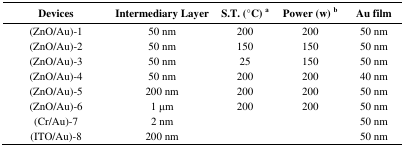
<table><thead><tr><td><b>Devices</b></td><td><b>Intermediary Layer</b></td><td><b>S.T. (°C)<sup>a</sup></b></td><td><b>Power (w)<sup>b</sup></b></td><td><b>Au film</b></td></tr></thead><tbody><tr><td>(ZnO/Au)-1</td><td>50 nm</td><td>200</td><td>200</td><td>50 nm</td></tr><tr><td>(ZnO/Au)-2</td><td>50 nm</td><td>150</td><td>150</td><td>50 nm</td></tr><tr><td>(ZnO/Au)-3</td><td>50 nm</td><td>25</td><td>150</td><td>50 nm</td></tr><tr><td>(ZnO/Au)-4</td><td>50 nm</td><td>200</td><td>200</td><td>40 nm</td></tr><tr><td>(ZnO/Au)-5</td><td>200 nm</td><td>200</td><td>200</td><td>50 nm</td></tr><tr><td>(ZnO/Au)-6</td><td>1 μm</td><td>200</td><td>200</td><td>50 nm</td></tr><tr><td>(Cr/Au)-7</td><td>2 nm</td><td></td><td></td><td>50 nm</td></tr><tr><td>(ITO/Au)-8</td><td>200 nm</td><td></td><td></td><td>50 nm</td></tr></tbody></table>